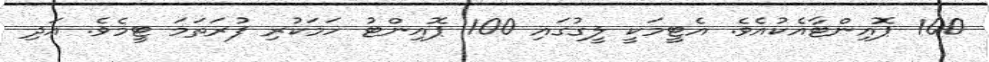
100 ޕޮއިންޓާއެކުއެވެ. އެޓީމަކީ ލީގުގައި 100 ޕޮއިންޓު ހަމަކުރި ފުރަތަމަ ޓީމެވެ. އަދި